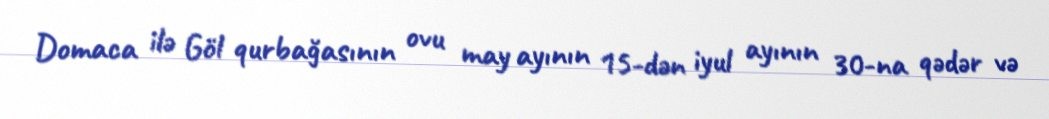
Domaca ilə Göl qurbağasının ovu may ayının 15-dən iyul ayının 30-na qədər və